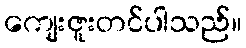
ကျေးဇူးတင်ပါသည်။